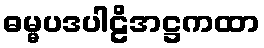
ဓမ္မပဒပါဠိအဋ္ဌကထာ